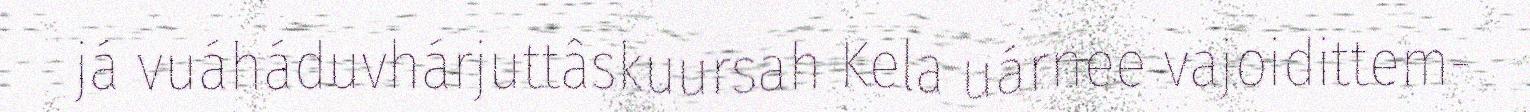
já vuáháduvhárjuttâskuursah Kela uárnee vajoidittem-